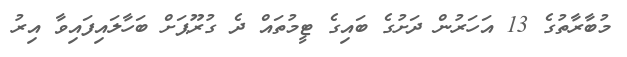
މުބާރާތުގެ 13 އަހަރުން ދަށުގެ ބައިގެ ޓީމުތައް ދެ ގުރޫޕަށް ބަހާލައިފައިވާ އިރު